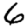
Digit: 6